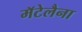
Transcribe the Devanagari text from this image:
मॅटेलैना